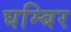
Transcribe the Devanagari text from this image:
घम्बिर